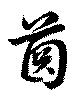
歯